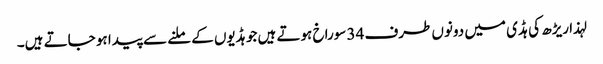
لہذا ریڑھ کی ہڈی میں دونوں طرف 34 سوراخ ہوتے ہیں جو ہڈیوں کے ملنے سے پیدا ہو جاتے ہیں۔